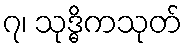
၇၊ သုဒ္ဓိကသုတ်